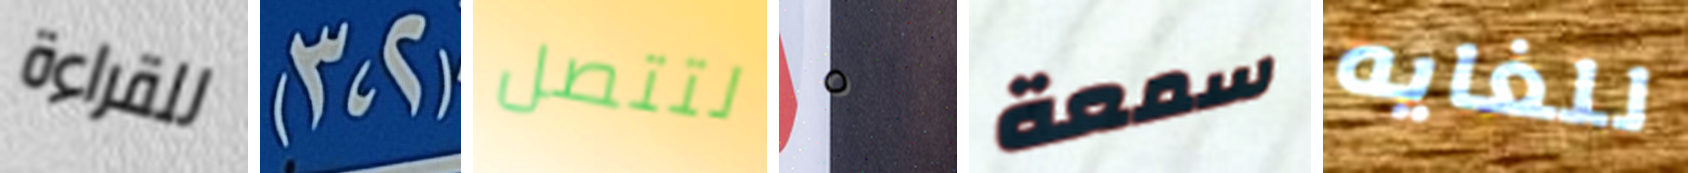
للقراءة (2،3) لتتصل ٥ سمعة للغايه